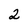
Character: 2